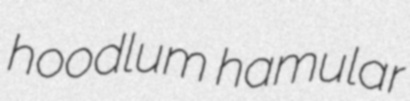
hoodlum hamular